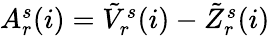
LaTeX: \begin{array}{r}{A_{r}^{s}(i)=\tilde{V}_{r}^{s}(i)-\tilde{Z}_{r}^{s}(i)}\end{array}